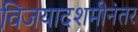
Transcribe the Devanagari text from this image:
विजयादशमीनंतर